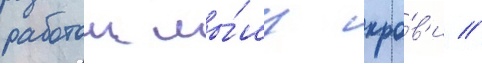
работои мы́шц кро́в'и //